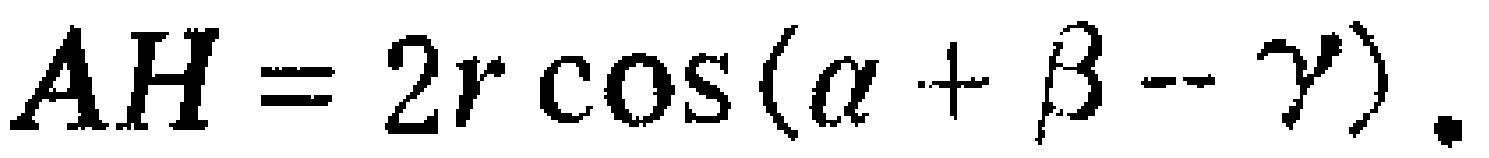
\(AH = 2r\cos(\alpha+\beta - \gamma).\)